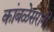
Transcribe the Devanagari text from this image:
कांबळेसरांनी